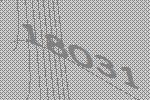
18031